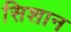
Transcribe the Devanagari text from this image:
सिशान